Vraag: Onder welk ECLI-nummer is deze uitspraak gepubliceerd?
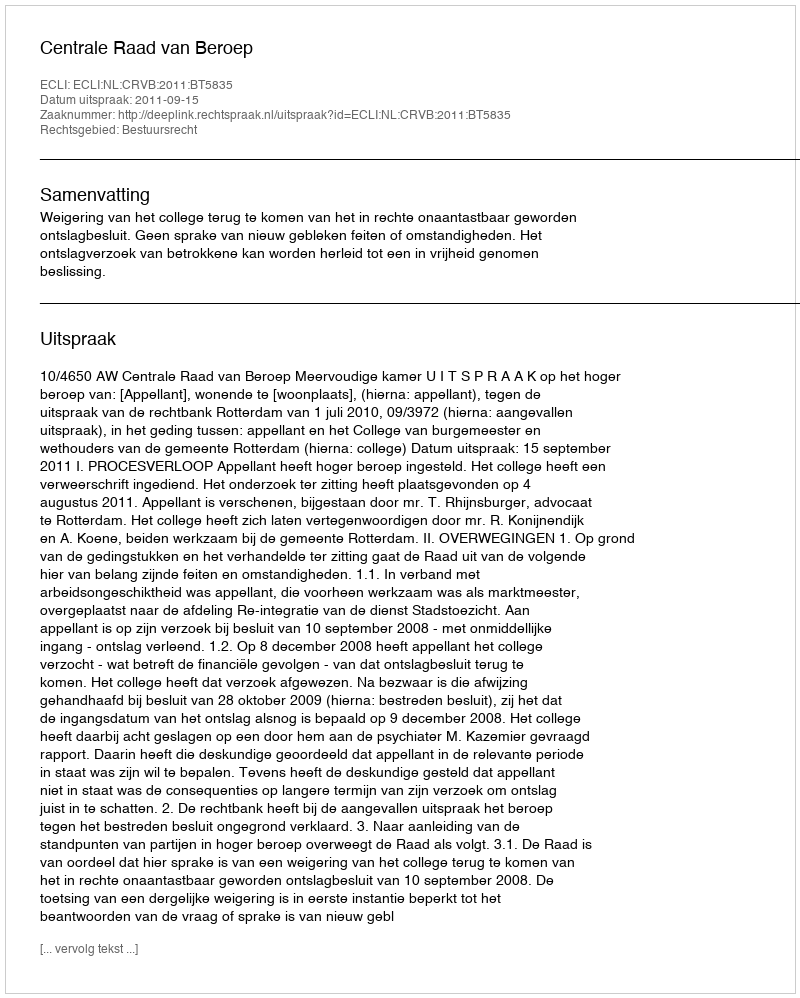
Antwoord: ECLI:NL:CRVB:2011:BT5835